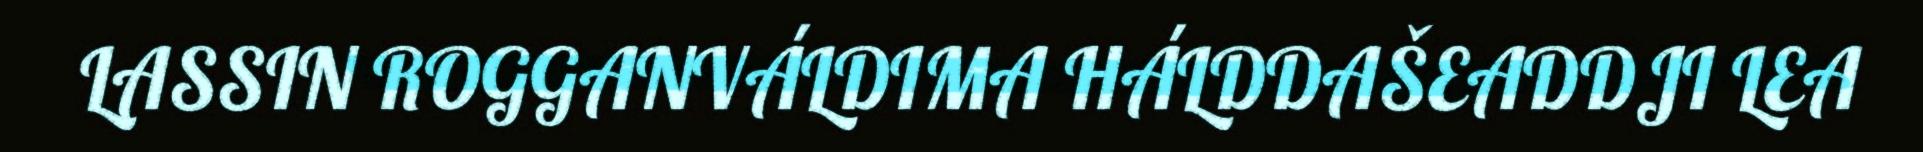
LASSIN ROGGANVÁLDIMA HÁLDDAŠEADDJI LEA